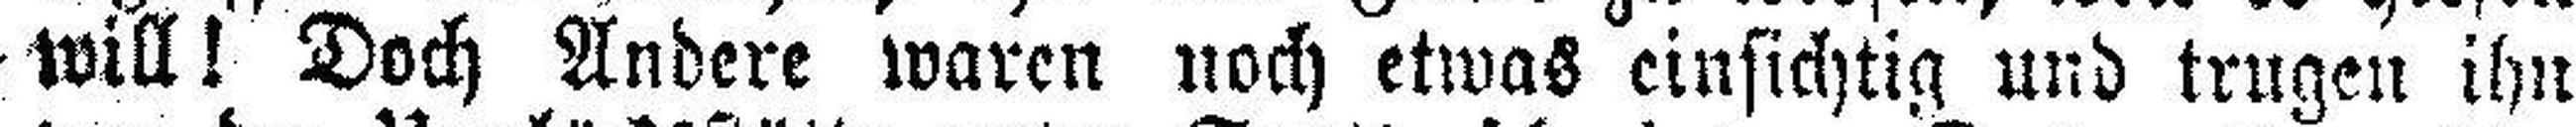
will! Doch Andere waren noch etwas einsichtig und trugen ihn